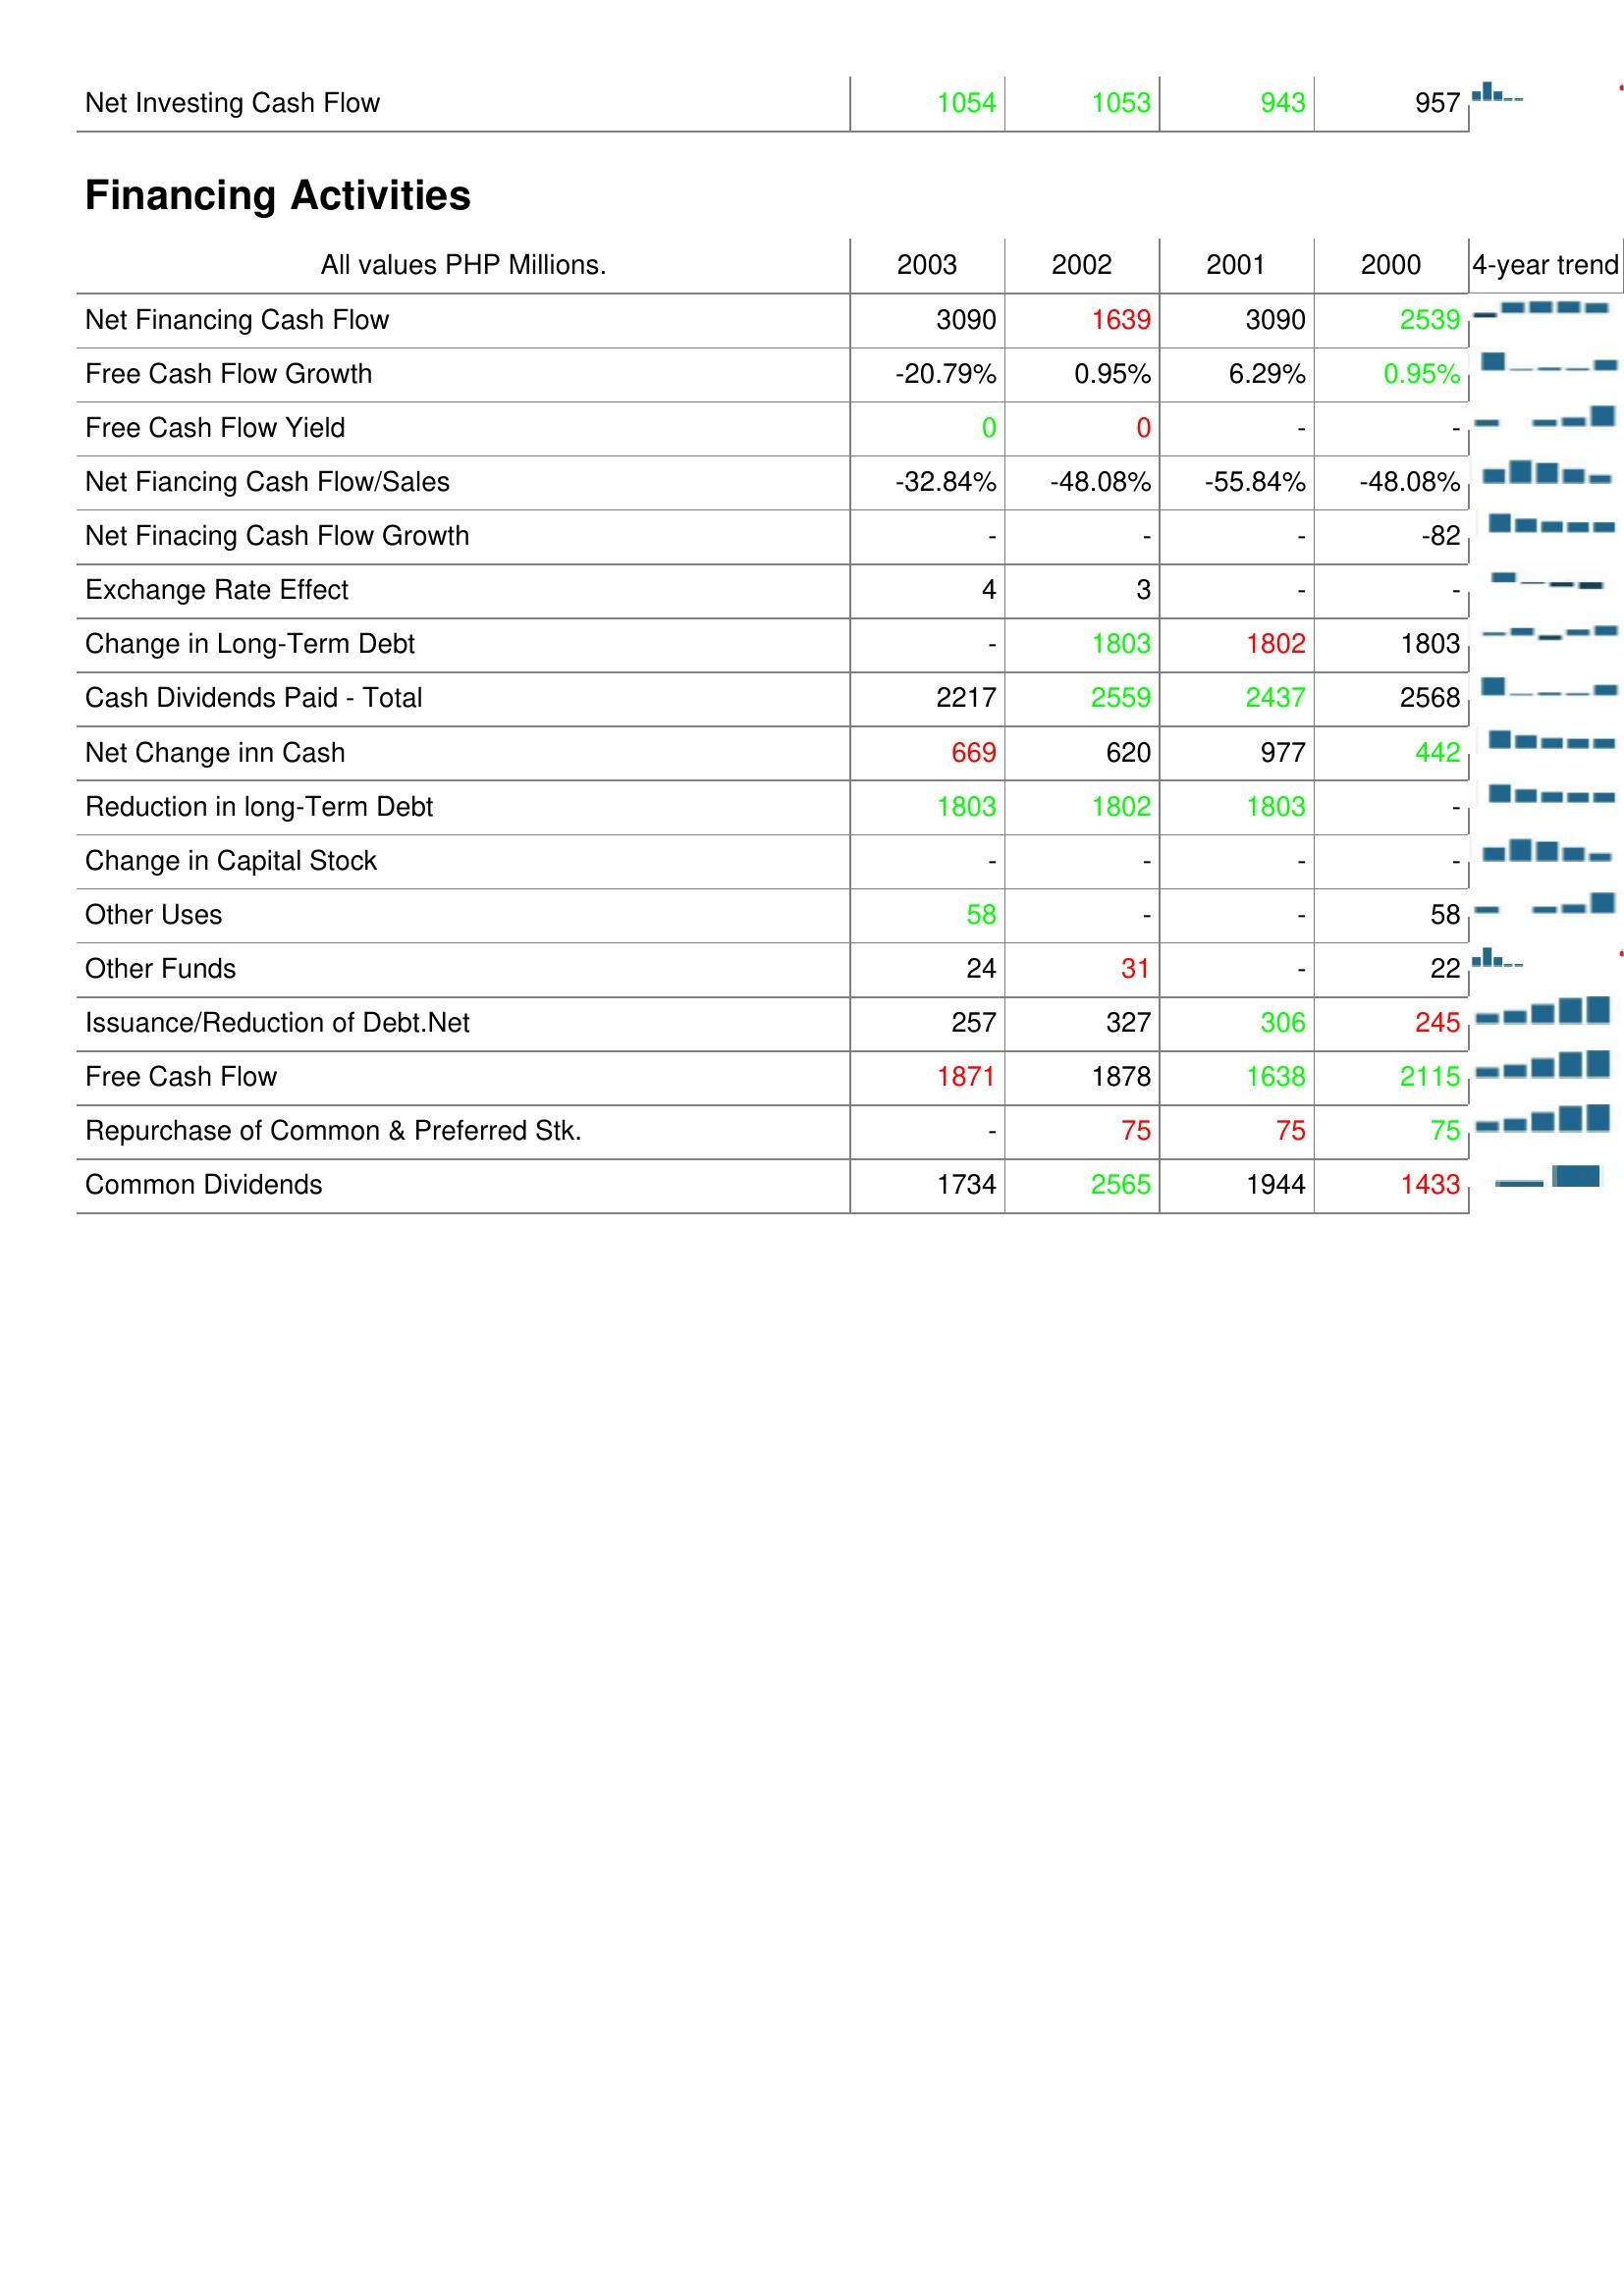
2003: Investing Activities: Net Investing Cash Flow: 1054
Financing Activities: Net Financing Cash Flow: 3090
Free Cash Flow Growth: -20.79%
Free Cash Flow Yield: 0
Net Fiancing Cash Flow/Sales: -32.84%
Net Finacing Cash Flow Growth: -
Exchange Rate Effect: 4
Change in Long-Term Debt: -
Cash Dividends Paid - Total: 2217
Net Change inn Cash: 669
Reduction in long-Term Debt: 1803
Change in Capital Stock: -
Other Uses: 58
Other Funds: 24
Issuance/Reduction of Debt.Net: 257
Free Cash Flow: 1871
Repurchase of Common & Preferred Stk.: -
Common Dividends: 1734
2002: Investing Activities: Net Investing Cash Flow: 1053
Financing Activities: Net Financing Cash Flow: 1639
Free Cash Flow Growth: 0.95%
Free Cash Flow Yield: 0
Net Fiancing Cash Flow/Sales: -48.08%
Net Finacing Cash Flow Growth: -
Exchange Rate Effect: 3
Change in Long-Term Debt: 1803
Cash Dividends Paid - Total: 2559
Net Change inn Cash: 620
Reduction in long-Term Debt: 1802
Change in Capital Stock: -
Other Uses: -
Other Funds: 31
Issuance/Reduction of Debt.Net: 327
Free Cash Flow: 1878
Repurchase of Common & Preferred Stk.: 75
Common Dividends: 2565
2001: Investing Activities: Net Investing Cash Flow: 943
Financing Activities: Net Financing Cash Flow: 3090
Free Cash Flow Growth: 6.29%
Free Cash Flow Yield: -
Net Fiancing Cash Flow/Sales: -55.84%
Net Finacing Cash Flow Growth: -
Exchange Rate Effect: -
Change in Long-Term Debt: 1802
Cash Dividends Paid - Total: 2437
Net Change inn Cash: 977
Reduction in long-Term Debt: 1803
Change in Capital Stock: -
Other Uses: -
Other Funds: -
Issuance/Reduction of Debt.Net: 306
Free Cash Flow: 1638
Repurchase of Common & Preferred Stk.: 75
Common Dividends: 1944
2000: Investing Activities: Net Investing Cash Flow: 957
Financing Activities: Net Financing Cash Flow: 2539
Free Cash Flow Growth: 0.95%
Free Cash Flow Yield: -
Net Fiancing Cash Flow/Sales: -48.08%
Net Finacing Cash Flow Growth: -82
Exchange Rate Effect: -
Change in Long-Term Debt: 1803
Cash Dividends Paid - Total: 2568
Net Change inn Cash: 442
Reduction in long-Term Debt: -
Change in Capital Stock: -
Other Uses: 58
Other Funds: 22
Issuance/Reduction of Debt.Net: 245
Free Cash Flow: 2115
Repurchase of Common & Preferred Stk.: 75
Common Dividends: 1433